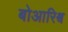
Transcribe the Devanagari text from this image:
बोआरिश्व